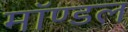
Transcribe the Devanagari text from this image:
मॉण्डल